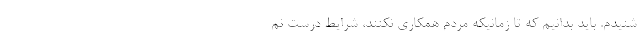
شنیدم. باید بدانیم که تا زمانیکه مردم همکاری نکنند، شرایط درست نم